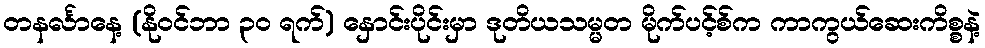
တနင်္လာနေ့ (နိုဝင်ဘာ ၃၀ ရက်) နှောင်းပိုင်းမှာ ဒုတိယသမ္မတ မိုက်ပင့်စ်က ကာကွယ်ဆေးကိစ္စနဲ့